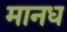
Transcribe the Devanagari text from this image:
मानध